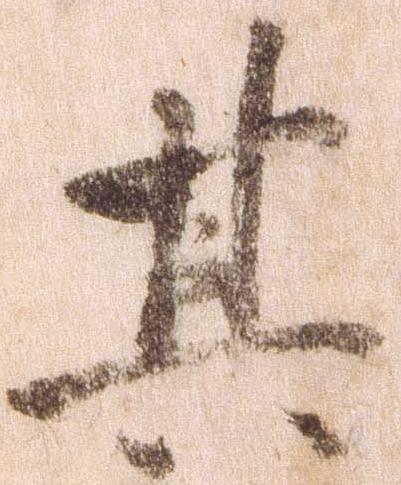
其